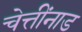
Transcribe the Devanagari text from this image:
चेत्तींनाड